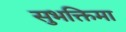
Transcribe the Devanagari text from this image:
सुभक्तिमा